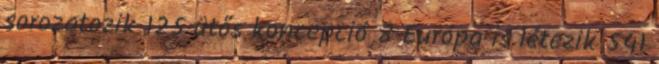
sorozatozik 125 ütős koncepció 8 Európa is létezik 541